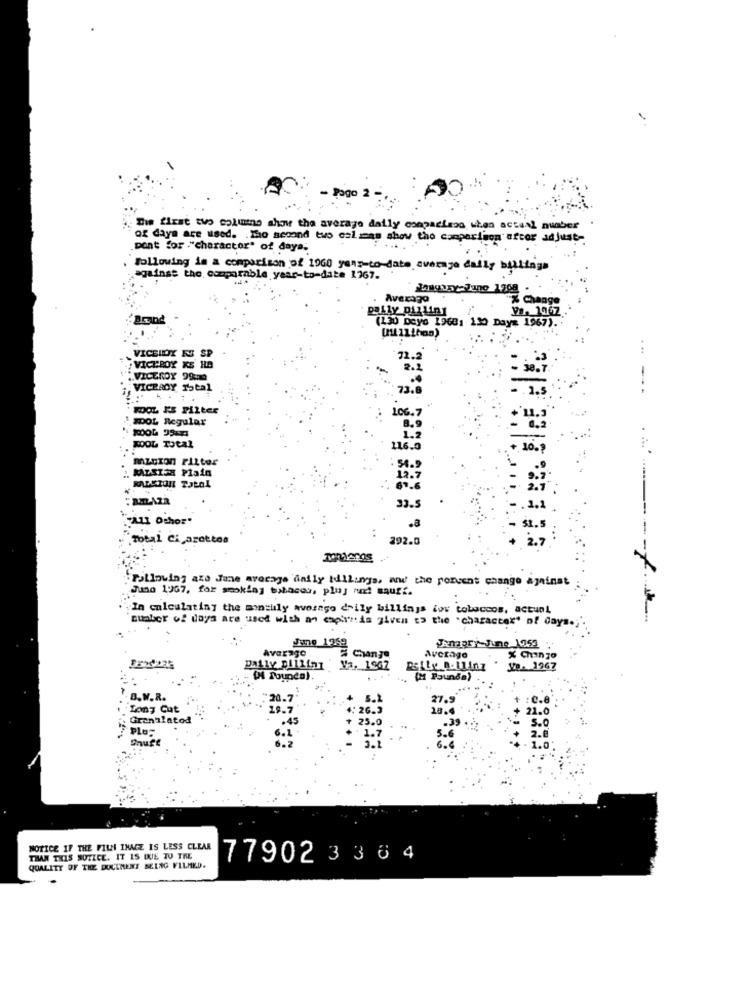
- Pago 2 -
The first two columns show the average daily conpaciano when actual nuaber
of days are used. . The second two calzas show the comparison ofcor adjust-
pont for ""character" of days.
Following is a comparison of 1960 yang-to-date average daily buttags
against the comparable year-to-date 1767.
Jasguay- lano 1208 -
Avecago
X Change
pally Dilling
Vs. 1967
(130 Dayo 1968: 130 Day# 1967).
(11than)
VICEINOX ES SP
VICEROY KS HA
VICEROY 99cm
-
VICBADY Total
WOOL FS Filter
XDOL Regular
06.7
116.6
mzcion ritter
" MAISISH Plain
54.5
RALEIGH TatAL
: RAZR
33.5
"AZ1 Ochor"
.8
Total Ci, arottos
292.0
2.7
Following aze June average daily Idilungs, and the percent change against
June 1967, for smoking bubacos, plus mal sauri.
In calculatiny the minsuly average daily billings lov tobaccos, actual
number of days are used with an capireis given to the "character" of days .;.
Average
JAmary June 1051.
Change
Average
% Chan z0
Daily pliling Vs. 1967
Se. 1967
(M Pounda)
B.W.R.
27.9
Zony Cut
18.4
Granulatod
Plo-
Onufe
NOTICE IF THE FILN INACE IS LESS CLEAR
THAN THIS NOTICE. IT IS QUE TU TRE
77902336 4
QUALITY OF THE DUCKMENT BEING FILMED.